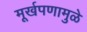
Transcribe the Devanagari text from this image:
मूर्खपणामुळे